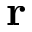
\mathbf { r }